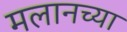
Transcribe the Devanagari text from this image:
मलानच्या